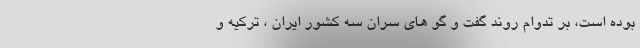
بوده است، بر تدوام روند گفت و گو های سران سه کشور ایران ، ترکیه و